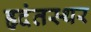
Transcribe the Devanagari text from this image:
हृदंतस्थर